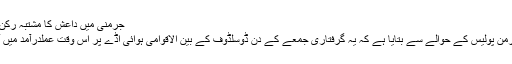
جرمنی میں داعش کا مشتبہ رکن گرفتار | حالات حاضرہ | DW | 25.09.2016
خبر رساں ادارے ڈی پی اے نے ہفتے کے شب جرمن پولیس کے حوالے سے بتایا ہے کہ یہ گرفتاری جمعے کے دن ڈوسلڈوف کے بین الاقوامی ہوائی اڈے پر اس وقت عملدرآمد میں آئی، جب یہ مشتبہ شخص ترکی سے جرمنی پہنچا۔